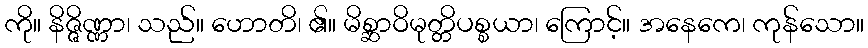
ကို။ နိဇ္ဇိဏ္ဏာ၊ သည်။ ဟောတိ၊ ၏။ မိစ္ဆာဝိမုတ္တိပစ္စယာ၊ ကြောင့်။ အနေကေ၊ ကုန်သော။